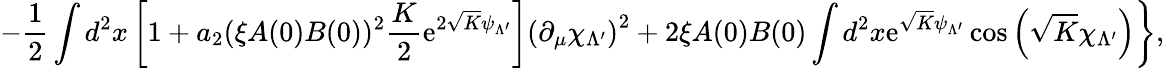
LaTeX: \left.-\frac 12\int d^{2}x\left[1+a_{2}(\xi A(0)B(0))^{2}\frac{K}{2}\mathrm{e}^{2\sqrt{K}\psi_{\Lambda^{\prime}}}\right]\left(\partial_{\mu}\chi_{\Lambda^{\prime}}\right)^{2}+2\xi A(0)B(0)\int d^{2}x\mathrm{e}^{\sqrt{K}\psi_{\Lambda^{\prime}}}\cos\left(\sqrt{K}\chi_{\Lambda^{\prime}}\right)\right\} ,